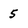
Character: 5